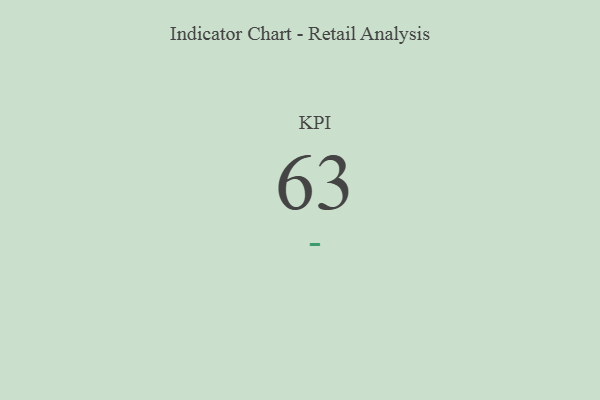
{"axis": {"x": "KPI", "y": "Value"}, "legend": [""], "data": [{"x": "KPI", "y": 63, "type": ""}]}